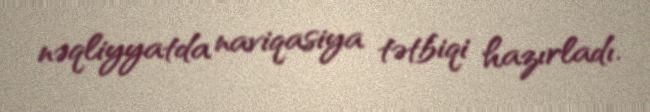
nəqliyyatda naviqasiya tətbiqi hazırladı.